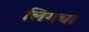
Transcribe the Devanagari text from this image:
लिगचा